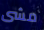
مشى